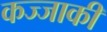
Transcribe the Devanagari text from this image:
कज्जाकी